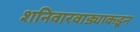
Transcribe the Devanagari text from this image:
शनिवारवाड्याकडून